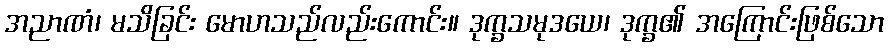
အညာဏံ၊ မသိခြင်း မောဟသည်လည်းကောင်း။ ဒုက္ခသမုဒယေ၊ ဒုက္ခ၏ အကြောင်းဖြစ်သော